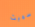
سميث